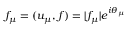
f _ { \mu } = ( u _ { \mu } , f ) = | f _ { \mu } | e ^ { i \theta _ { \mu } }